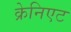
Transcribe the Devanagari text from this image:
क्रेनिएट